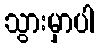
သွားမှာပါ